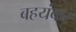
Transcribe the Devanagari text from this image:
बहयंकर